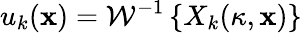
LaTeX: u_{k}(\mathbf{x})=\mathcal{{W}}^{-1}\left\{ X_{k}(\kappa,\mathbf{x})\right\}